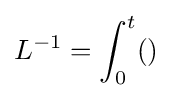
L^{-1}=\int _{0}^{t}()